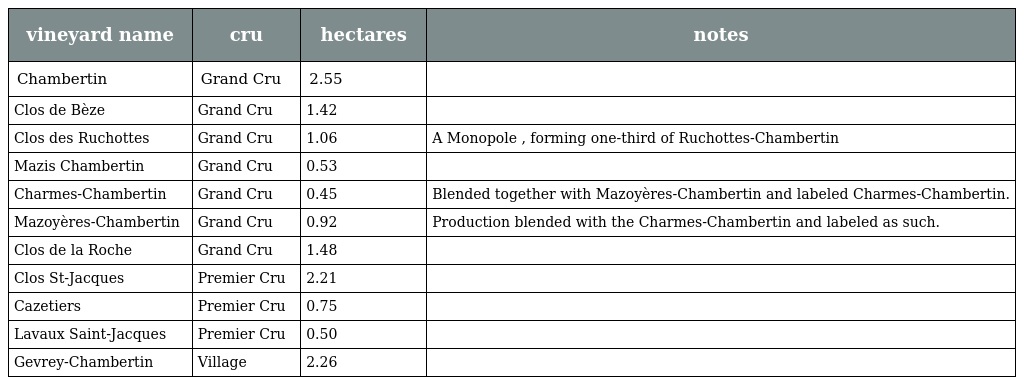
| vineyard name | cru | hectares | notes |
 | --- | --- | --- | --- |
 | Chambertin | Grand Cru | 2.55 |  |
 | Clos de Bèze | Grand Cru | 1.42 |  |
 | Clos des Ruchottes | Grand Cru | 1.06 | A Monopole , forming one-third of Ruchottes-Chambertin |
 | Mazis Chambertin | Grand Cru | 0.53 |  |
 | Charmes-Chambertin | Grand Cru | 0.45 | Blended together with Mazoyères-Chambertin and labeled Charmes-Chambertin. |
 | Mazoyères-Chambertin | Grand Cru | 0.92 | Production blended with the Charmes-Chambertin and labeled as such. |
 | Clos de la Roche | Grand Cru | 1.48 |  |
 | Clos St-Jacques | Premier Cru | 2.21 |  |
 | Cazetiers | Premier Cru | 0.75 |  |
 | Lavaux Saint-Jacques | Premier Cru | 0.50 |  |
 | Gevrey-Chambertin | Village | 2.26 |  |